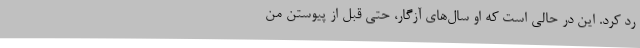
رد کرد. این در حالی است که او سال‌های آزگار، حتی قبل از پیوستن من